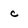
Character: c